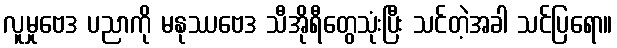
လူမှုဗေဒ ပညာကို မနုဿဗေဒ သီအိုရီတွေသုံးပြီး သင်တဲ့အခါ သင်ပြရော။